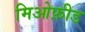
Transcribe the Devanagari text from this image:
मिओफ़ीड